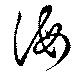
誨